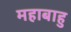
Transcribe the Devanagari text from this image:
महाबाहु